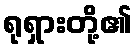
ရုရှားတို့၏